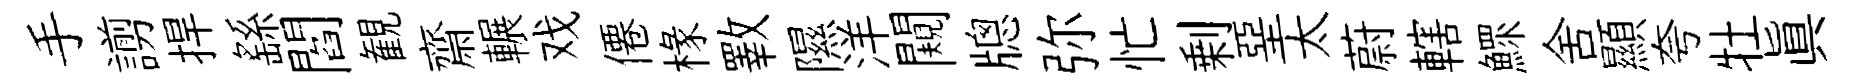
手謭捍繇閻観齋輾戏僊椽斁隰洋闚牕弥忙剰堊太蔚轄鰥舍顯夸牡眞